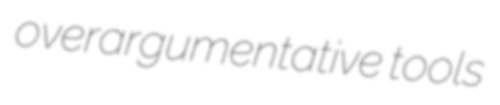
overargumentative tools